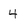
Character: 4